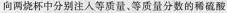
向两烧杯中分别注入等质量、等质量分数的稀硫酸